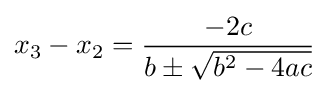
x_{3}-x_{2}={\frac {-2c}{b\pm {\sqrt {b^{2}-4ac}}}}